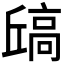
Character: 𫘶